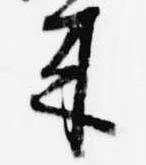
来